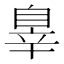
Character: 辠